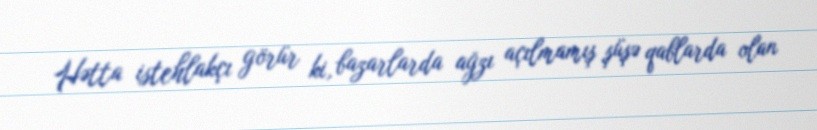
Hətta istehlakçı görür ki, bazarlarda ağzı açılmamış şüşə qablarda olan